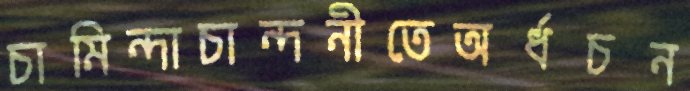
চামিন্দাচান্দনীতেঅর্ধচন